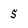
Character: 5